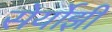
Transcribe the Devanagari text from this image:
सेर्योझी